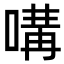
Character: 㗕